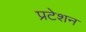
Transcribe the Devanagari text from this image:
प्रटेशन